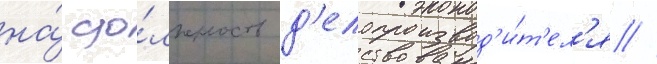
на́ до́лжность д'елопроизвод'и́т'ел'я //